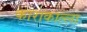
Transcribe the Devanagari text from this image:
काराकाल्ला